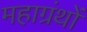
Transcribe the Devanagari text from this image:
महाग्रंथों